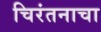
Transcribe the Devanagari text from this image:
चिरंतनाचा